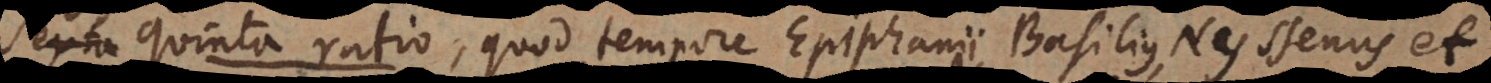
t i o, quod tempore Epiphanii Basilius, Nyssenus et